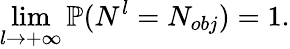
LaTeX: \operatorname*{lim}_{l\rightarrow+\infty}\mathbb{P}(N^{l}=N_{obj})=1.